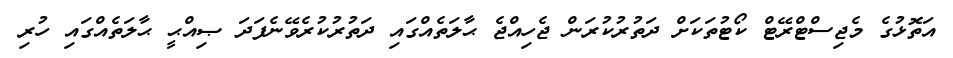
އަތޮޅުގެ މެޖިސްޓްރޭޓް ކޯޓުތަކަށް ދަތުރުކުރަން ޖެހިއްޖެ ޙާލަތެއްގައި ދަތުރުކުރެވޭނެފަދަ ޞިއްޙީ ޙާލަތެއްގައި ހުރި